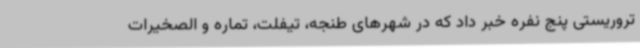
تروریستی پنج نفره خبر داد که در شهرهای طنجه، تیفلت، تماره و الصخیرات